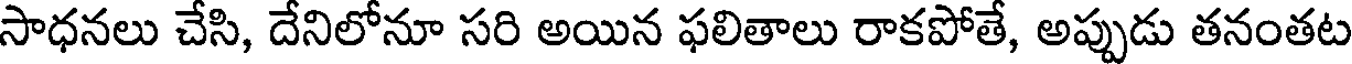
సాధనలు చేసి, దేనిలోనూ సరి అయిన ఫలితాలు రాకపోతే, అప్పుడు తనంతట